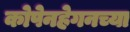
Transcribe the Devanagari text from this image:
कोपेनहेगनच्या